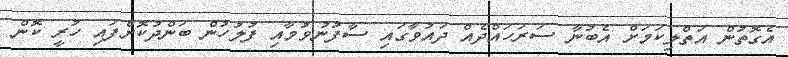
އެގޮތުން އަތްލިކަމަށް އެބުނާ ސަރަހައްދެއް ދައުވާގައި ސާފުނުވުމާއި ފުލުހުން ބަންދުކޮށްފައި ހުރީ ކޮން